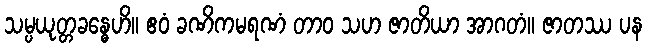
သမ္ပယုတ္တခန္ဓေဟိ။ ဧဝံ ခဏိကမရဏံ တာဝ သဟ ဇာတိယာ အာဂတံ။ ဇာတဿ ပန